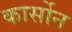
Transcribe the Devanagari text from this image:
कार्सोन